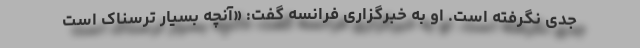
جدی نگرفته است. او به خبرگزاری فرانسه گفت: «آنچه بسیار ترسناک است